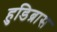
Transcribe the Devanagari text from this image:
हुडिब्रास